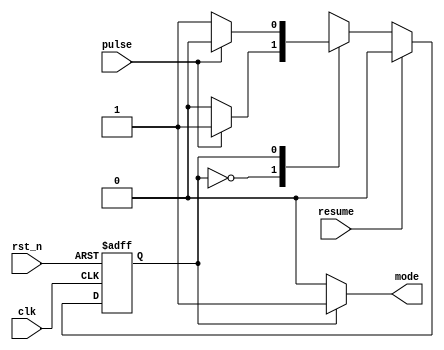
`timescale 1ns / 1ps
//////////////////////////////////////////////////////////////////////////////////
// Company: 
// Engineer: 
// 
// Design Name: 
// Module Name: FSM
// Project Name: 
// Target Devices: 
// Tool Versions: 
// Description: 
// 
// Dependencies: 
// 
// Revision:
// Revision 0.01 - File Created
// Additional Comments:
// 
//////////////////////////////////////////////////////////////////////////////////


`define STATE_START 1
`define STATE_PAUSE 0
`define MODE_START 1
`define MODE_PAUSE 0
     
module FSM(
    input resume,
    input pulse,
    input clk,
    input rst_n,
    output reg mode
);

reg next_state;
reg state;     

always@*  begin
    if (state == `STATE_START) 
        mode <= `MODE_START;
    else mode <= `MODE_PAUSE;          
    case (state)
        `STATE_PAUSE:  begin
            if (pulse)
                next_state <= `STATE_START;
            else next_state <= `STATE_PAUSE;
            end
        `STATE_START: begin
             if (pulse)
                 next_state <= `STATE_PAUSE;
             else next_state <= `STATE_START;
             end
    endcase
    end
    
always@(posedge clk or negedge rst_n)
    if (~rst_n)  state <= `STATE_PAUSE;
    else if (resume) state <= `STATE_PAUSE;
    else state <= next_state;

endmodule